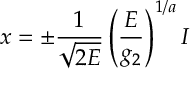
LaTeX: x = \pm \frac { 1 } { \sqrt { 2 E } } \left( \frac { E } { g _ { 2 } } \right) ^ { 1 / a } I